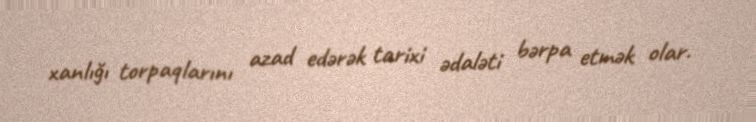
xanlığı torpaqlarını azad edərək tarixi ədaləti bərpa etmək olar.